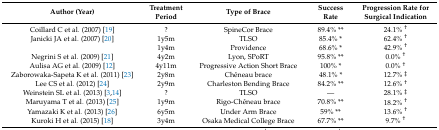
<table><thead><tr><td><b>Author (Year)</b></td><td><b>Treatment Period</b></td><td><b>Type of Brace</b></td><td><b>Success Rate</b></td><td><b>Progression Rate for Surgical Indication</b></td></tr></thead><tbody><tr><td>Coillard C et al. (2007) [19]</td><td>?</td><td>SpineCor Brace</td><td>89.4% **</td><td>24.1% <sup>†</sup></td></tr><tr><td>Janicki JA et al. (2007) [20]</td><td>1y5m</td><td>TLSO</td><td>85.4% *</td><td>62.4% <sup>†</sup></td></tr><tr><td></td><td>1y4m</td><td>Providence</td><td>68.6% *</td><td>42.9% <sup>†</sup></td></tr><tr><td>Negrini S et al. (2009) [21]</td><td>4y2m</td><td>Lyon, SPoRT</td><td>95.8% **</td><td>0.0% <sup>†</sup></td></tr><tr><td>Aulisa AG et al. (2009) [12]</td><td>4y11m</td><td>Progressive Action Short Brace</td><td>100% *</td><td>0.0% <sup>†</sup></td></tr><tr><td>Zaborowaka-Sapeta K et al. (2011) [23]</td><td>2y8m</td><td>Chêneau brace</td><td>48.1% *</td><td>12.7% <sup>‡</sup></td></tr><tr><td>Lee CS et al. (2012) [24]</td><td>2y9m</td><td>Charleston Bending Brace</td><td>84.2% **</td><td>12.6% <sup>†</sup></td></tr><tr><td>Weinstein SL et al. (2013) [3,14]</td><td>?</td><td>TLSO</td><td>—</td><td>28.1% <sup>‡</sup></td></tr><tr><td>Maruyama T et al. (2013) [25]</td><td>1y9m</td><td>Rigo-Chêneau brace</td><td>70.8% **</td><td>18.2% <sup>†</sup></td></tr><tr><td>Yamazaki K et al. (2013) [26]</td><td>6y5m</td><td>Under Arm Brace</td><td>59% **</td><td>13.6% <sup>†</sup></td></tr><tr><td>Kuroki H et al. (2015) [18]</td><td>3y4m</td><td>Osaka Medical College Brace</td><td>67.7% **</td><td>9.7% <sup>†</sup></td></tr></tbody></table>